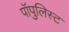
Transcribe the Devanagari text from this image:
पॉपुलिस्ट